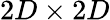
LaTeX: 2D\times 2D